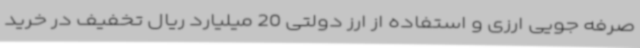
صرفه جویی ارزی و استفاده از ارز دولتی 20 میلیارد ریال تخفیف در خرید